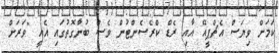
ކަމަށް ވިޔަސް އެޗްޕީއޭ އާއި ރެޑް ކްރެސެންޓުން ވެސް ބުނާގޮތުގައި އެއީ "ވަރަށް